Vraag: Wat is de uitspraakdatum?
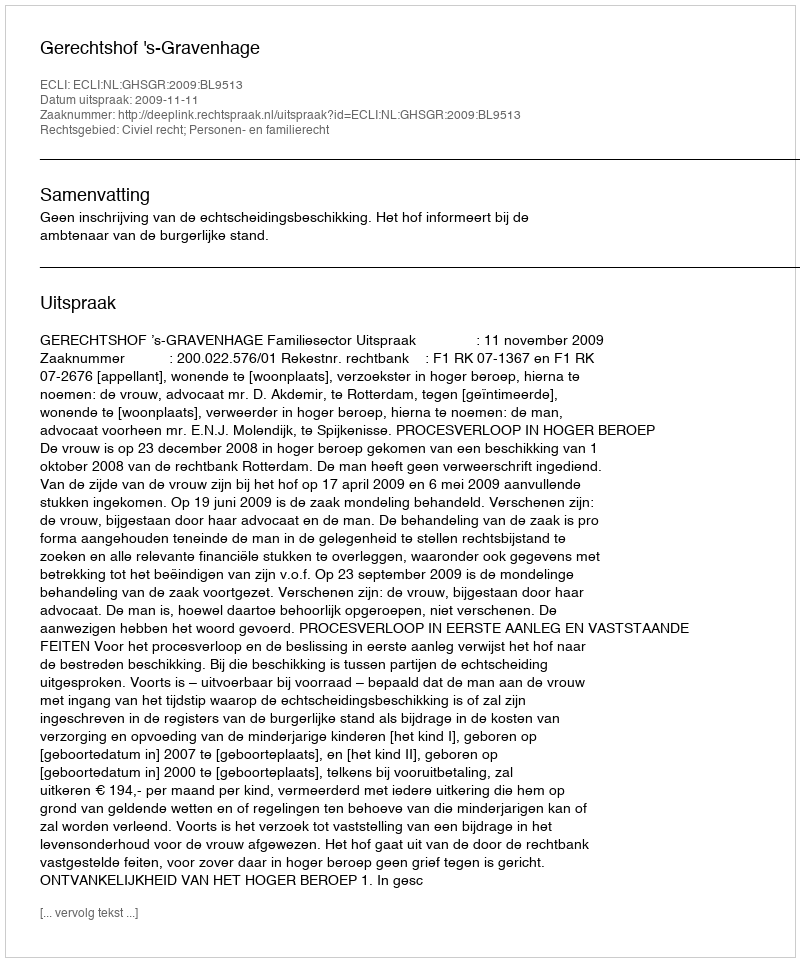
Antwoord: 2009-11-11